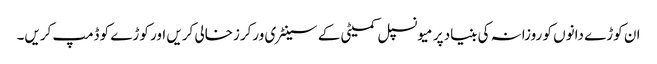
ان کوڑے دانوں کو روزانہ کی بنیاد پر میونسپل کمیٹی کے سینٹری ورکرزخالی کریں اور کوڑے کو ڈمپ کریں۔